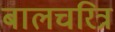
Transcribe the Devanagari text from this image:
बालचरित्र